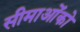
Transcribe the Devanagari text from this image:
सीमाओंको